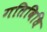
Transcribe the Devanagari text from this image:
गतिविधि